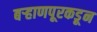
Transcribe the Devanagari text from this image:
बऱ्हाणपूरकडून